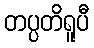
တပ္ပတိရူပီ